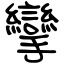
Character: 攣